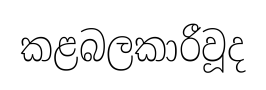
කළබලකාරීවූද